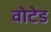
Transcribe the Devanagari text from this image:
वोटेड